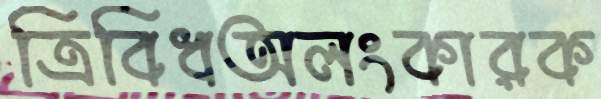
ত্রিবিধঅলংকারক